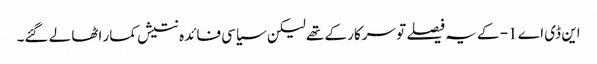
این ڈی اے 1- کے یہ فیصلے تو سرکار کے تھے لیکن سیاسی فائدہ نتیش کمار اٹھا لے گئے۔